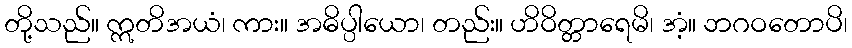
တို့သည်။ ဣတိအယံ၊ ကား။ အဓိပ္ပါယော၊ တည်း။ ဟိဝိတ္တာရေမိ၊ အံ့။ ဘဂဝတောပိ၊